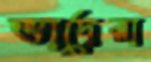
ভাদেরা